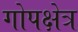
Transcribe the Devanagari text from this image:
गोपक्षेत्र